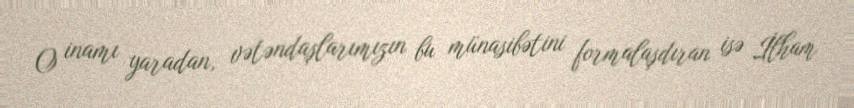
O inamı yaradan, vətəndaşlarımızın bu münasibətini formalaşdıran isə İlham